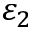
\varepsilon _ { 2 }